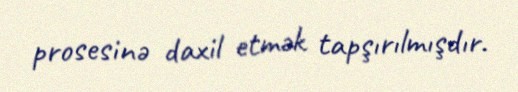
prosesinə daxil etmək tapşırılmışdır.